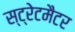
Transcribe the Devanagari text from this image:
स्ट्रेटमैटर